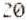
20